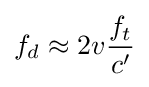
f_{d}\approx 2v{\frac {f_{t}}{c'}}